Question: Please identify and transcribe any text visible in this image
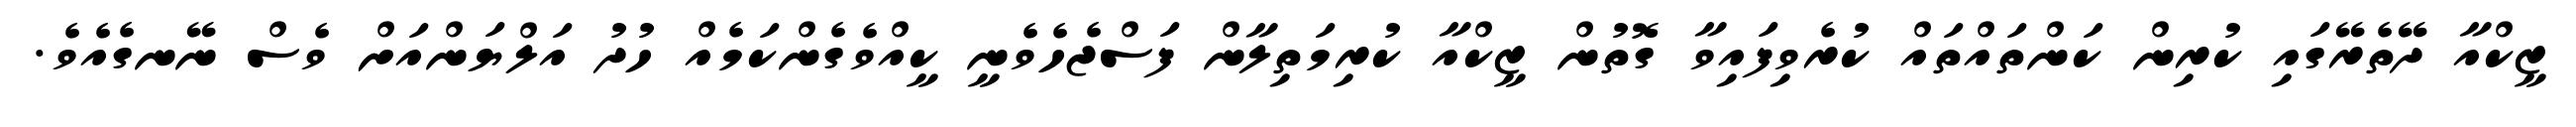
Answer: ޒީކްއާ ދޭތެރޭގައި ކުރިން ކަންތައްތައް ކުރެވިފައިވާ ގޮތުން ޒީކްއާ ކުރިމަތިލާން ފަސްޖެހެވެނީ ކީއްވެގެންކަމެއް ހުދު އަލްޔަންއަށް ވެސް ނޭނގެއެވެ.